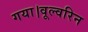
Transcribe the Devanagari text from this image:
गया।वूल्वरिन